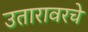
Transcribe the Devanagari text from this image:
उतारावरचे